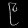
Digit: ၉